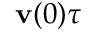
\mathbf { v } ( 0 ) \tau